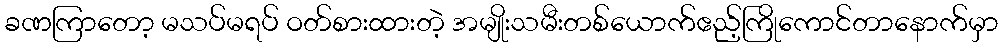
ခဏကြာတော့ မသပ်မရပ် ဝတ်စားထားတဲ့ အမျိုးသမီးတစ်ယောက်ဧည့်ကြိုကောင်တာနောက်မှာ